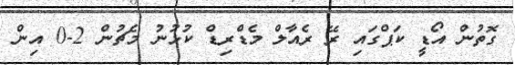
ގޮތުން އޯޑީ ކަޕްގައި ރޭ ރެއާލް މެޑްރިޑް ކުޅުނު މެޗުން 2-0 އިން